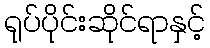
ရုပ်ပိုင်းဆိုင်ရာနှင့်